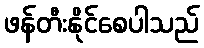
ဖန်တီးနိုင်စေပါသည်